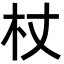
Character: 杖